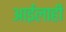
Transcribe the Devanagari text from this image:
आईलाही